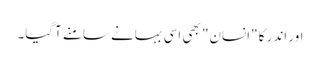
اور اندر کا "انسان" بھی اسی بہانے سامنے آگیا۔